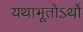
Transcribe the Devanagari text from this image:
यथाभूतोऽर्थो